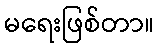
မရေးဖြစ်တာ။